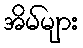
အိမ်များ